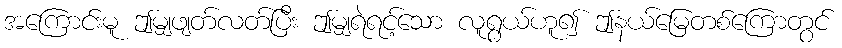
အကြောင်းမူ ဤမျှဖျတ်လတ်ပြီး ဤမျှရဲရင့်သော လူရွယ်ဟူ၍ ဤနယ်မြေတစ်ကြောတွင်